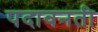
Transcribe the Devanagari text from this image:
पदावनती